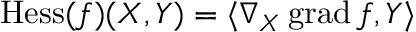
\operatorname { H e s s } ( f ) ( X , Y ) = \langle \nabla _ { X } \operatorname { g r a d } f , Y \rangle